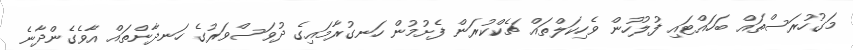
މަގުހުރަސްތައް ބަހައްޓައި ފުލުހުން ވެހިކަލްތައް ޗެކްކުރަން ފެށުމުން ހަނގުރާމައިގެ ދުވަސްވަރުގެ ހަނދާންތައް އާވެގެންދާނެ